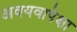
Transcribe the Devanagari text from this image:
अवयवापेक्षा